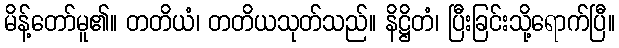
မိန့်တော်မူ၏။ တတိယံ၊ တတိယသုတ်သည်။ နိဋ္ဌိတံ၊ ပြီးခြင်းသို့ရောက်ပြီ။